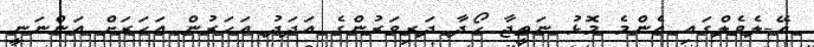
އޭ-ލެވެލްގައި އެންމެ މޮޅު ނަތީޖާ ހޯދާ ދަރިވަރުންގެ އަދަދު އަހަރުން އަހަރަށް އަންނަނީ